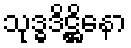
သုဒ္ဓဒိဋ္ဌိနော